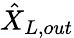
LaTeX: \hat{X}_{L,out}